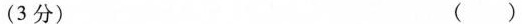
(3分) ()